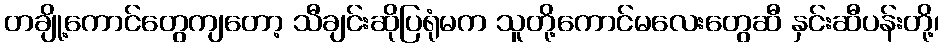
တချို့ကောင်တွေကျတော့ သီချင်းဆိုပြရုံမက သူတို့ကောင်မလေးတွေဆီ နှင်းဆီပန်းတို့၊